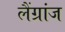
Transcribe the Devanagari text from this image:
लैंग्रांज